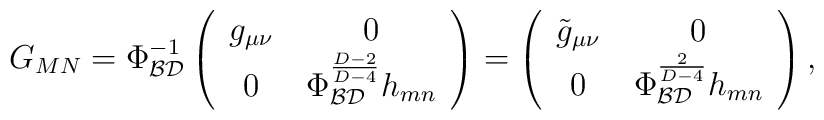
G_{MN}=\Phi_{\cal BD}^{-1}\left(\begin{array}{cc} g_{\mu\nu}& \, 0 \\ 0 & \,\Phi_{\cal BD}^{\frac{D-2}{D-4}}h_{mn}\end{array}\right)=\left(\begin{array}{cc} \tilde{g}_{\mu\nu}& \, 0 \\ 0 & \,\Phi_{\cal BD}^{\frac{2}{D-4}}h_{mn}\end{array}\right),